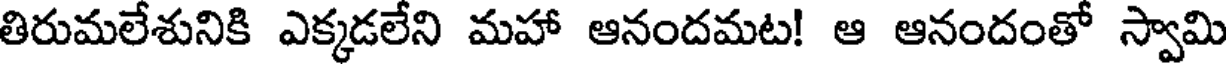
తిరుమలేశునికి ఎక్కడలేని మహా ఆనందమట! ఆ ఆనందంతో స్వామి